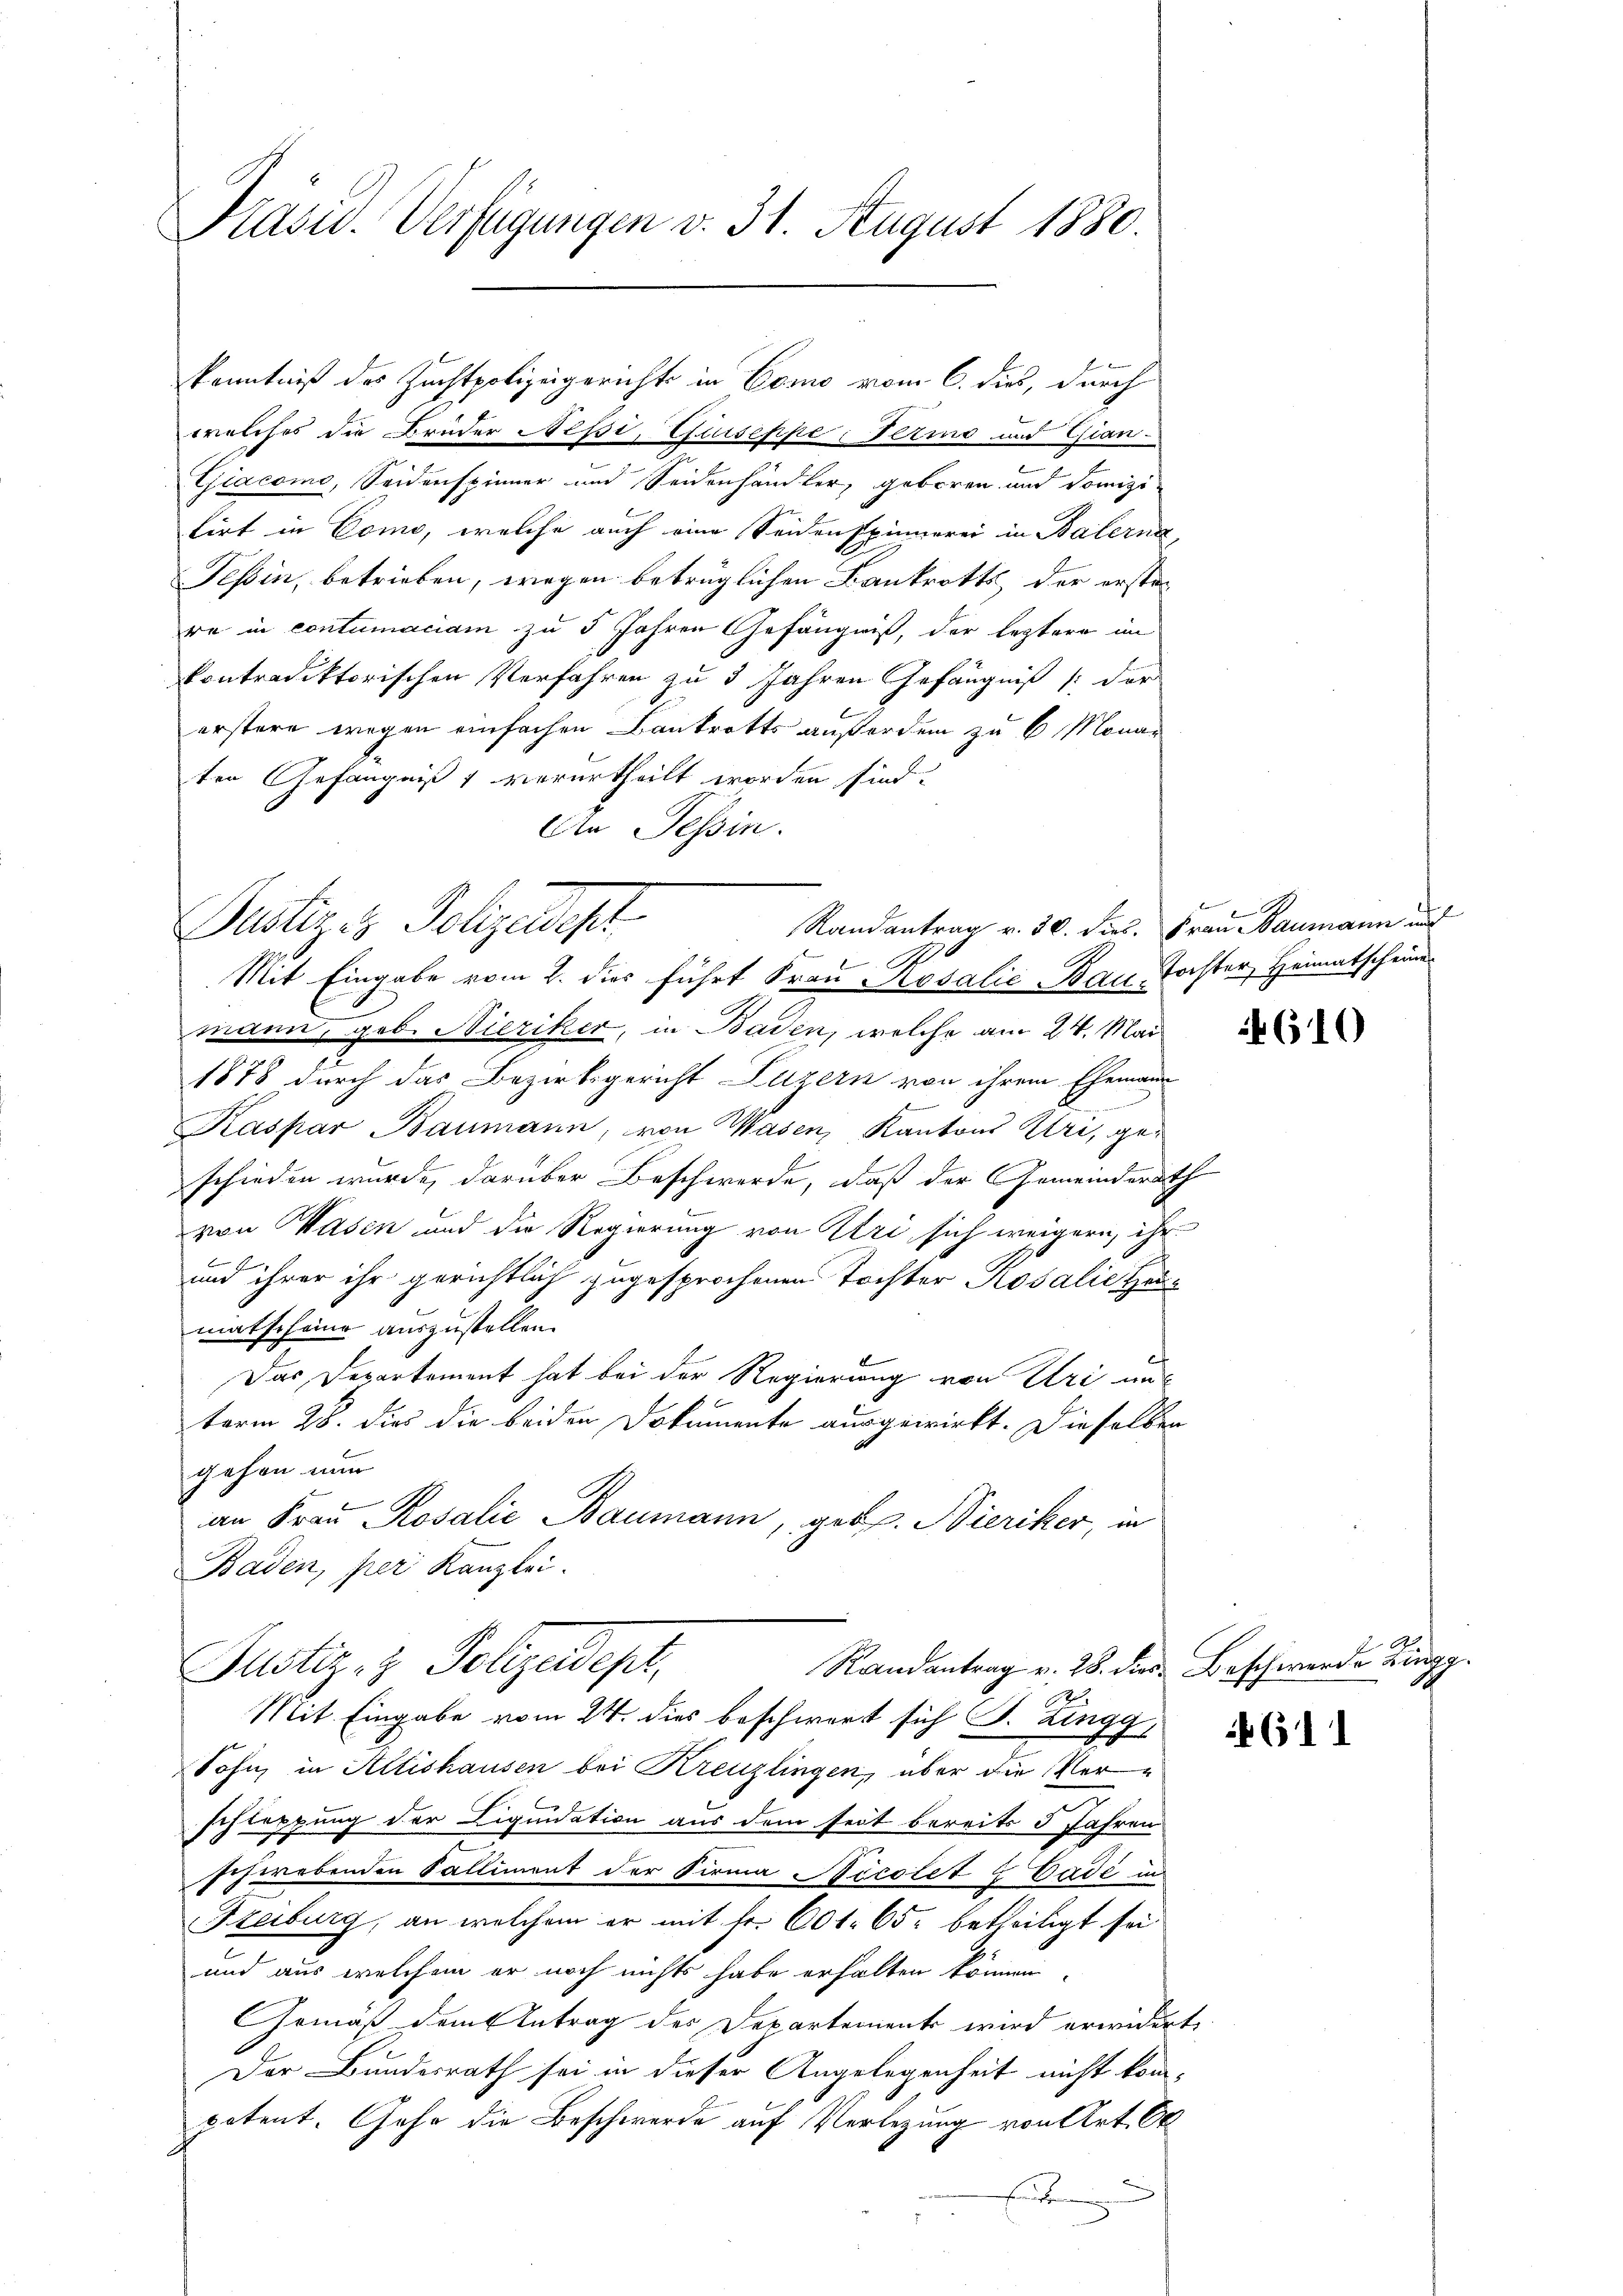
Pasu. Verfügungen v. 31. August 1880.

Kenntniß des Zuchtpolizeigericht in Como vom 6. dies, durch

welches die Brüder Nepi, Giuseppe, Ferie und Gian-
Giacomo, Seidenspinner und Seidenhändler, geboren und Domizi
tirt in Como, welche auch eine Seidenspinnerei in Balerna
Tessin, betrieben, wegen betrüglichen Bankrotts der erste-
re in contumaciam zu 5 Jahren Gefängniß, der leztere im
kontradiktorischen Verfahren zu 3 Jahren Gefängniß der
l
erstere wegen einfachen Bautretts außerden zu 6 Monaten Gefängniß verurtheilt worden sind.
An Tessin.
Pusteres Polizeidigt
Mit Eingabe vom 2. dies führt Frau Rosalie Bau, Tochter, Heimatscheine
mann, geb. Nieriker, in Baden, welche am 24. Mai
1878 durch das Bezirksgericht Luzern von ihrem Ehemann
Kaspar Baumann, von Wasen, Kantons Uri, ge-
schieden wurde, darüber Beschwerde, daß der Gemeinderath
von Wasen und die Regierung von Uri sich weigern, ihr
f
und ihrer ihr gerichtlich zugesprochenen Tochter Rosalie Gematscheine auszustellen.
Das Departement hat bei der Regierung von Uri aus
term 28. dies die beiden Dokumente ausgewirkt. Dieselben
gehen nun
an Frau Rosalie Baumann, geb. Hieriker, in
Baden, per Kanzlei.
Randantrag v. 28. dies Beschwerde Zingg
Justiz- & Polizeidept,
Mit Eingabe vom 24. dies beschwert sich S. Zingg
Sohn, in Altishausen bei Kreuzlingen, über die Ver¬
C
schleppung der Liquidation aus dem seit bereits 3 Jahren
schwebenden Falliment der Firma Nicolet & Cade in
Sterburg, an welchem er mit Fr. 601. 65 betheiligt sei.
und aus welchem er noch nichts habe erhalten können
Gemäß dem Antrag des Departement wird erwidert
Der Bundesrath sei in dieser Angelegenheit nicht kompotent. Jahr die Beschwerde auf Vorlegung von Art. Or
E

Randantrag v. 30. dies. Frau Baumann und
A
e

610

611